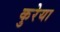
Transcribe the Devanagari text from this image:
कुरेया